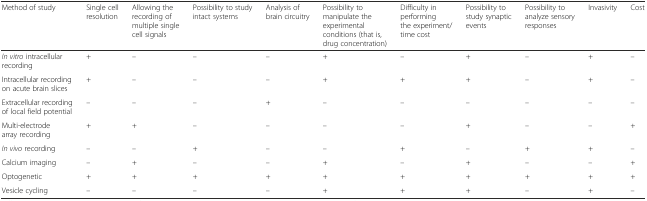
<table><thead><tr><td><b>Method of study</b></td><td><b>Single cell resolution</b></td><td><b>Allowing the recording of multiple single cell signals</b></td><td><b>Possibility to study intact systems</b></td><td><b>Analysis of brain circuitry</b></td><td><b>Possibility to manipulate the experimental conditions (that is, drug concentration)</b></td><td><b>Difficulty in performing the experiment/time cost</b></td><td><b>Possibility to study synaptic events</b></td><td><b>Possibility to analyze sensory responses</b></td><td><b>Invasivity</b></td><td><b>Cost</b></td></tr></thead><tbody><tr><td><i>In vitro</i> intracellular recording</td><td>+</td><td>–</td><td>–</td><td>–</td><td>+</td><td>–</td><td>+</td><td>–</td><td>+</td><td>–</td></tr><tr><td>Intracellular recording on acute brain slices</td><td>+</td><td>–</td><td>–</td><td>–</td><td>+</td><td>+</td><td>+</td><td>–</td><td>+</td><td>–</td></tr><tr><td>Extracellular recording of local field potential</td><td>–</td><td>–</td><td>–</td><td>+</td><td>–</td><td>–</td><td>–</td><td>–</td><td>–</td><td>–</td></tr><tr><td>Multi-electrode array recording</td><td>+</td><td>+</td><td>–</td><td>–</td><td>–</td><td>–</td><td>+</td><td>–</td><td>–</td><td>+</td></tr><tr><td><i>In vivo</i> recording</td><td>–</td><td>–</td><td>+</td><td>–</td><td>–</td><td>+</td><td>–</td><td>+</td><td>+</td><td>–</td></tr><tr><td>Calcium imaging</td><td>–</td><td>+</td><td>–</td><td>–</td><td>+</td><td>–</td><td>+</td><td>–</td><td>–</td><td>+</td></tr><tr><td>Optogenetic</td><td>+</td><td>+</td><td>+</td><td>+</td><td>+</td><td>+</td><td>+</td><td>+</td><td>+</td><td>+</td></tr><tr><td>Vesicle cycling</td><td>–</td><td>–</td><td>–</td><td>–</td><td>+</td><td>+</td><td>+</td><td>–</td><td>+</td><td>–</td></tr></tbody></table>